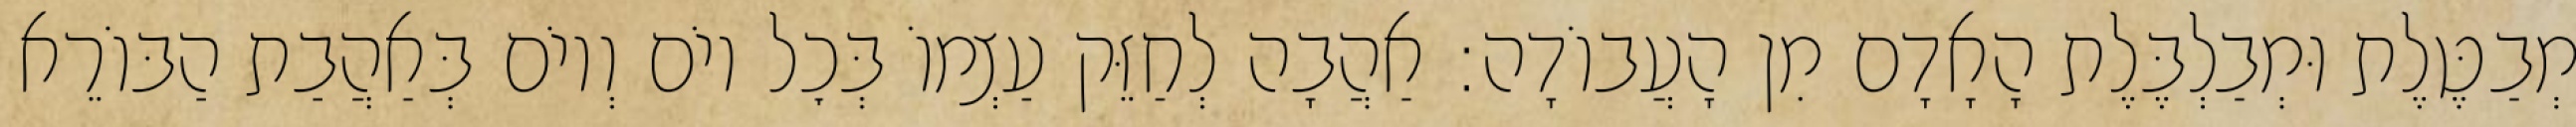
מְבַטֶּלֶת וּמְבַלְבֶּלֶת הָאָדָם מִן הָעֲבוֹדָה: אַהֲבָה לְחַזֵּק עַצְמוֹ בְּכׇל יוֹם וְיוֹם בְּאַהֲבַת הַבּוֹרֵא